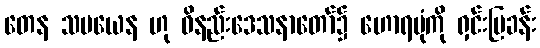
တေန သမယေန ဟု ဝိနည်းဒေသနာတော်၌ ဟောရပုံကို ရှင်းပြခန်း